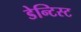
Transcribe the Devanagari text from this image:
डेन्टिस्ट